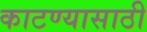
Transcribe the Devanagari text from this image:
काटण्यासाठी